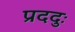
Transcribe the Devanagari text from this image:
प्रददुः